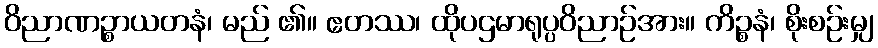
ဝိညာဏဉ္စာယတနံ၊ မည် ၏။ ဧတဿ၊ ထိုပဌမာရုပ္ပဝိညာဉ်အား။ ကိဉ္စနံ၊ စိုးစဉ်းမျှ